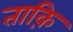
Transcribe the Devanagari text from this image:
ताक़ि